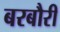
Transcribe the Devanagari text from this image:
बरबौरी